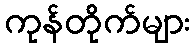
ကုန်တိုက်များ